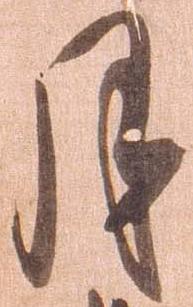
月